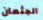
الجثمان